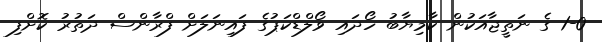
1-0 ގެ ނަތީޖާއަކުން ކާމިޔާބު ހޯދައި ވޯލްޑްކަޕުގެ ފައިނަލަށް ފްރާންސް ދަތުރު ކޮށްފި